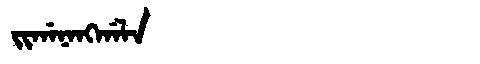
Manchu: ᠵᡳᡤᠠᠨᠠᠩᡤᠠᠯᠠ
Romanization: JIGANANGGALA